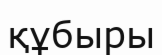
құбыры